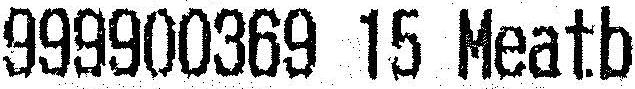
999900369 15 MEATB